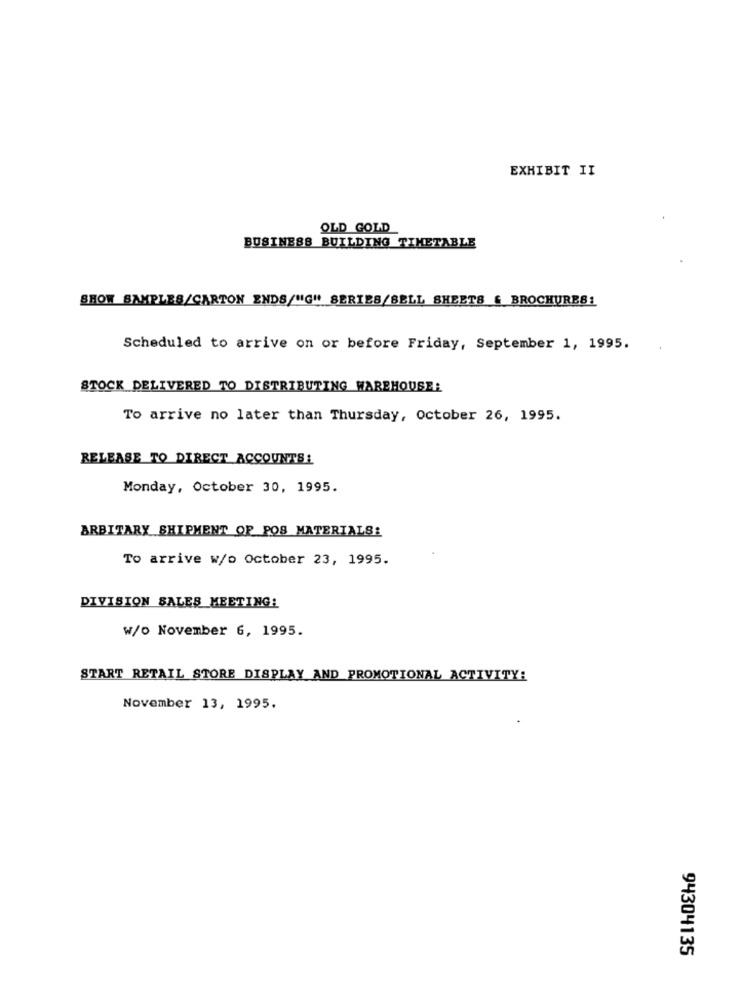
EXHIBIT II
OLD GOLD
BUSINESS BUILDING TIMETABLE
SHOW SAMPLES/CARTON ENDS/"G" SERIES/SELL SHEETS & BROCHURES1
Scheduled to arrive on or before Friday, September 1, 1995.
STOCK DELIVERED TO DISTRIBUTING WAREHOUSE:
To arrive no later than Thursday, October 26, 1995.
RELEASE TO DIRECT ACCOUNTS!
Monday, October 30, 1995.
ARBITARY SHIPMENT OF POS MATERIALS:
To arrive w/o October 23, 1995.
DIVISION SALES MEETING:
W/o November 6, 1995.
START RETAIL STORE DISPLAY AND PROMOTIONAL ACTIVITY:
November 13, 1995.
94304135